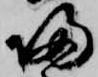
帰